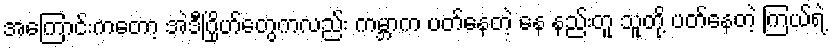
အကြောင်းကတော့ အဲဒီဂြိုဟ်တွေကလည်း ကမ္ဘာက ပတ်နေတဲ့ နေ နည်းတူ သူတို့ ပတ်နေတဲ့ ကြယ်ရဲ့